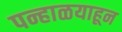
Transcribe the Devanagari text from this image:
पन्हाळयाहून